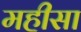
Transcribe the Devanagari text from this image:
महीसा